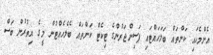
އެންމެހައި ކަންތައް ބަލަހައްޓައި ޕަސިންޖަރުންގެ ޓިކެޓް ކަންތައް ބެލެހެއްޓުން މީގެ އިތުރުން ބަސް